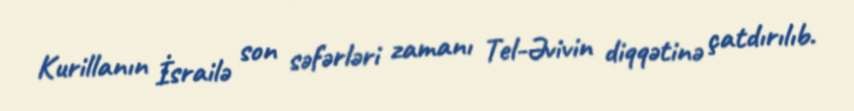
Kurillanın İsrailə son səfərləri zamanı Tel-Əvivin diqqətinə çatdırılıb.